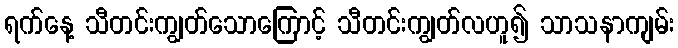
ရက်နေ့ သီတင်းကျွတ်သောကြောင့် သီတင်းကျွတ်လဟူ၍ သာသနာကျမ်း